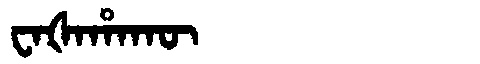
Manchu: ᠸᠠᡧᠠᡥᠠᡴᡡ
Romanization: WAŠAHAKŪ